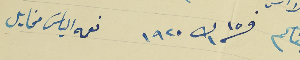
فى ١٥ ك١ ١٩٢٠    نعمه الياسَ مخايل